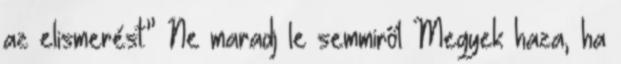
az elismerést.” Ne maradj le semmiről Megyek haza, ha